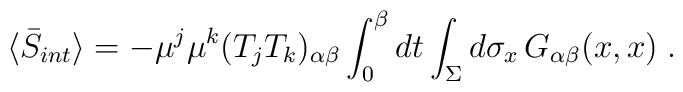
\langle\bar{S}_{int}\rangle=-\mu^j\mu^k(T_jT_k)_{\alpha\beta}        \int_{0}^{\beta}dt\int_\Sigma d\sigma_x\,G_{\alpha\beta}(x,x)\;.